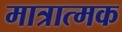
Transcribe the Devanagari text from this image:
मात्रात्‍मक